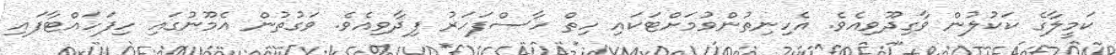
ކަމީލާގެ ކަކުލުން ވާގިދޫވިއެވެ. އެހިނިތުންވުމަށްޓަކައި ހިތް ހާސްފަހަރު ފިދާވިއެވެ. ވަގުތުން އެމޫނުގައި ހިފަހައްޓާފައި